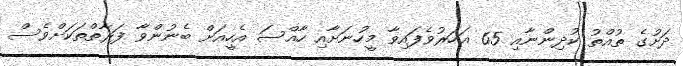
ދަށުގެ ތުއްތު ކުދިންނާއި 65 އަހަރުވެފައިވާ މީހުނަށާއި ހާއްސަ އެހީއަށް ބެނުންވާ ފަރާތްތަކަށްވެސް